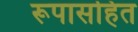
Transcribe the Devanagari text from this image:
रूपासहित